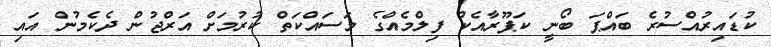
ކުޑައިރުއްސުރެ ބައްޕަ ބޯނީ ކަޕޫރާއެކު ފިލްމެއްގެ މަސައްކަތް ކުރުމަށް އަރްޖުން ދެކެމުން އައި